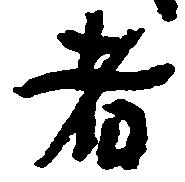
者